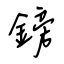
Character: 鎊